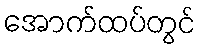
အောက်ထပ်တွင်